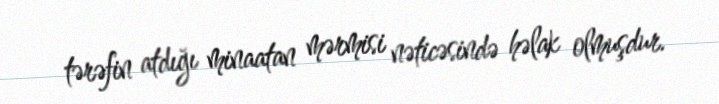
tərəfin atdığı minaatan mərmisi nəticəsində həlak olmuşdur.